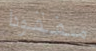
مفقودا